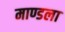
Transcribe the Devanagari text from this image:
माण्डला